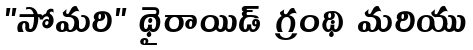
"సోమరి" థైరాయిడ్ గ్రంథి మరియు